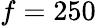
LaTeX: f=250